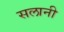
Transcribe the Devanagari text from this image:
सलानी